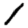
Digit: 1